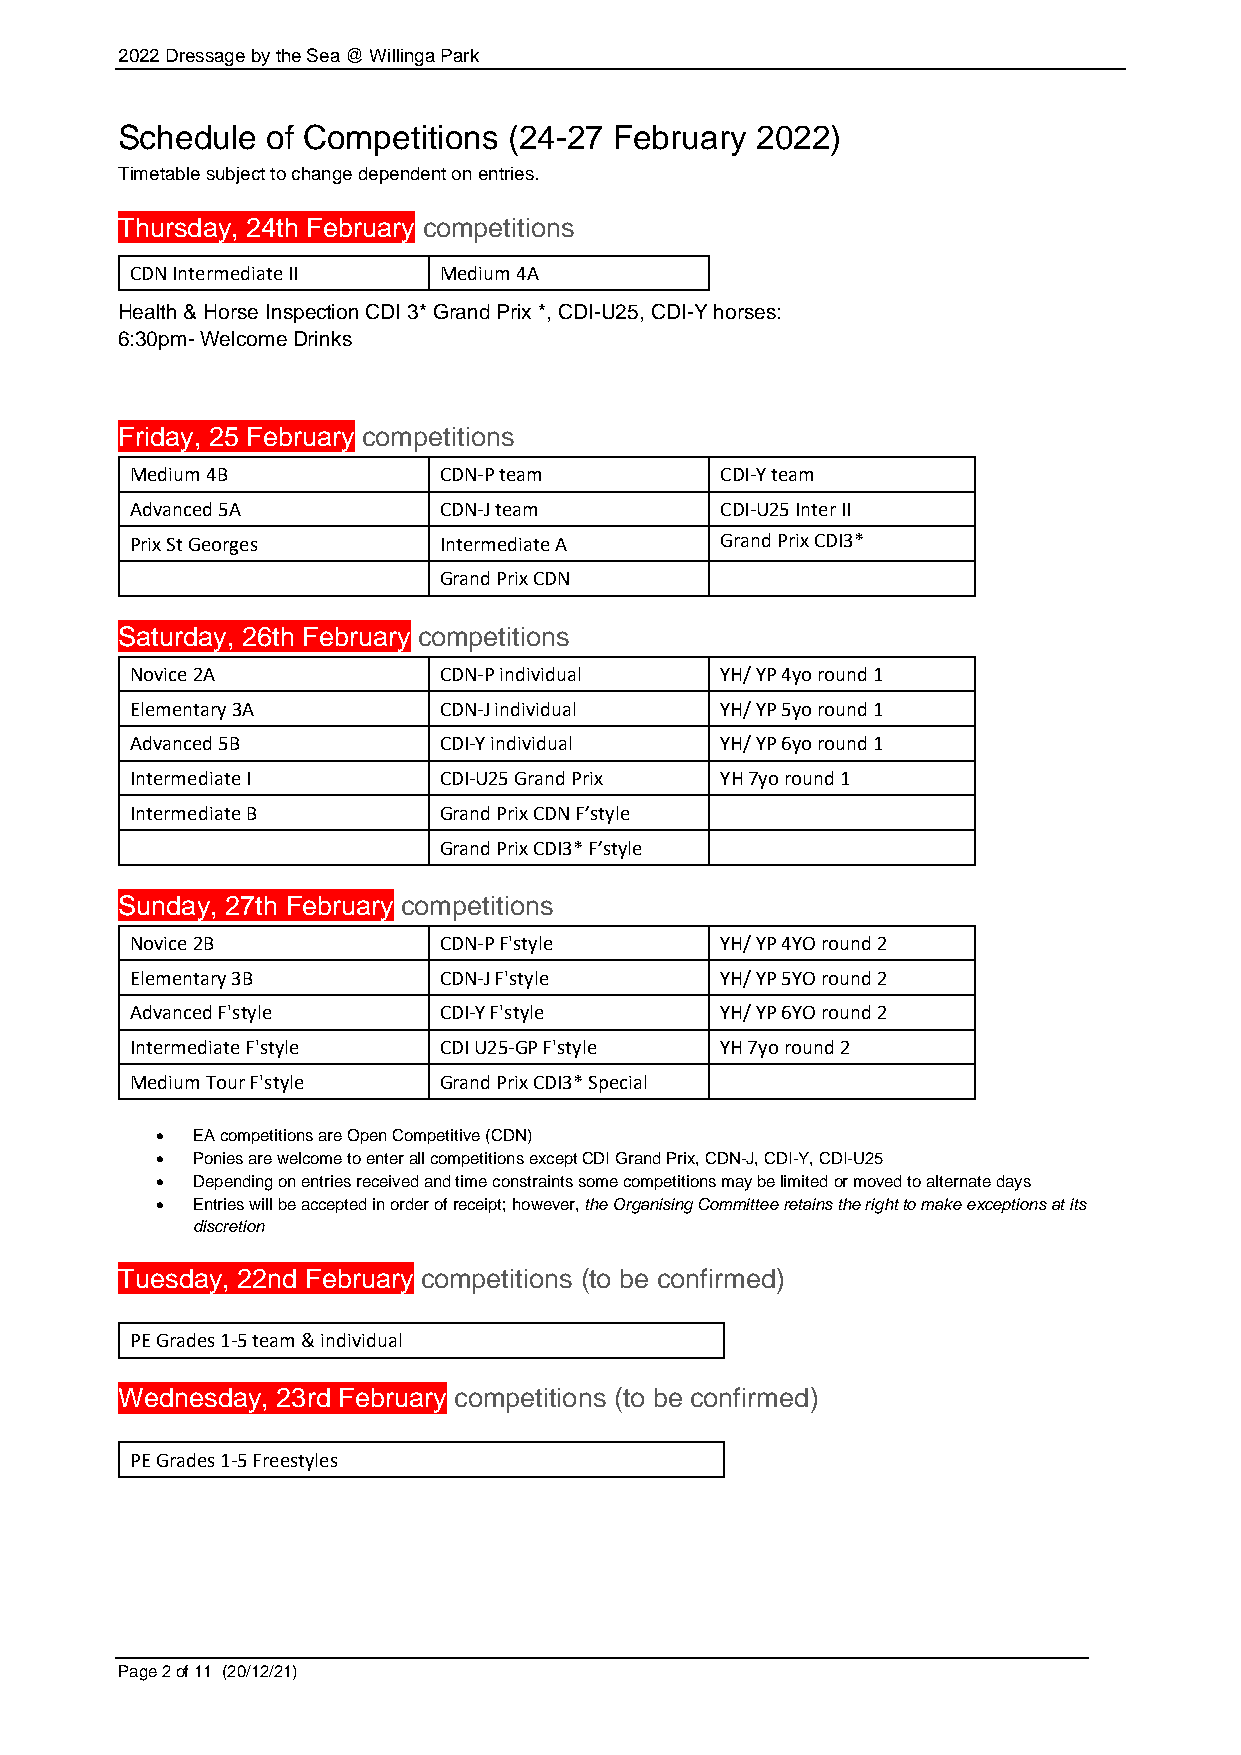
2022 Dressage by the Sea @ Willinga Park
 Schedule  of Competitions (24-27 February 2022)
 Timetable subject to change dependent on entries.
 Thursday, 24th February competitions
 CDN Intermediate II Medium 4A
 Health & Horse Inspection CDI 3* Grand Prix *, CDI-U25, CDI-Y horses:
 6:30pm- Welcome Drinks
 Friday, 25 February competitions
 Medium 4B           CDN-P team         CDI-Y team
 Advanced 5A         CDN-J team         CDI-U25 Inter II
 Prix St Georges     Intermediate A     Grand Prix CDI3*
 Grand Prix CDN
 Saturday, 26th February competitions
 Novice 2A           CDN-P individual   YH/ YP 4yo round 1
 Elementary 3A       CDN-J individual   YH/ YP 5yo round 1
 Advanced 5B         CDI-Y individual   YH/ YP 6yo round 1
 Intermediate I      CDI-U25 Grand Prix YH 7yo round 1
 Intermediate B      Grand Prix CDN F’style
 Grand Prix CDI3* F’style
 Sunday, 27th February competitions
 Novice 2B           CDN-P F'style      YH/ YP 4YO round 2
 Elementary 3B       CDN-J F'style      YH/ YP 5YO round 2
 Advanced F'style    CDI-Y F'style      YH/ YP 6YO round 2
 Intermediate F'style CDI U25-GP F'style YH 7yo round 2
 Medium Tour F'style Grand Prix CDI3* Special
 •  EA competitions are Open Competitive (CDN)
 •  Ponies are welcome to enter all competitions except CDI Grand Prix, CDN-J, CDI-Y, CDI-U25
 •  Depending on entries received and time constraints some competitions may be limited or moved to alternate days
 •  Entries will be accepted in order of receipt; however, the Organising Committee retains the right to make exceptions at its
 discretion
 Tuesday, 22nd February competitions (to be confirmed)
 PE Grades 1-5 team & individual
 Wednesday, 23rd February competitions (to be confirmed)
 PE Grades 1-5 Freestyles
 Page 2 of 11 (20/12/21)